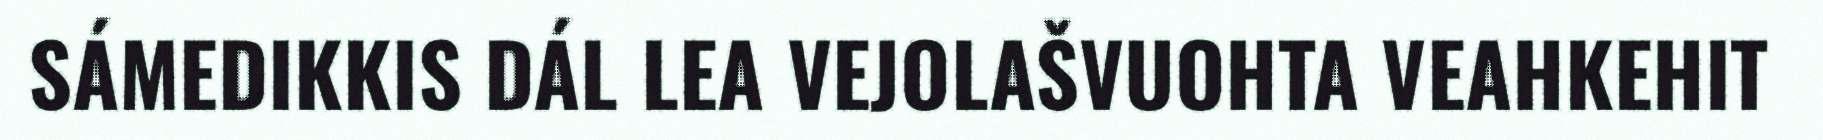
SÁMEDIKKIS DÁL LEA VEJOLAŠVUOHTA VEAHKEHIT